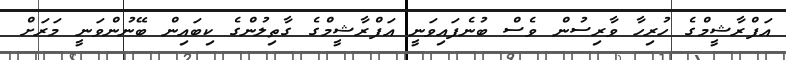
އަފްރާޝީމްގެ ހުރިހާ ވާރިސުން ވެސް ބުނެފައިވަނީ އަފްރާޝީމްގެ ގާތިލުންގެ ކިބައިން ބޭނުންވަނީ މަރަށް